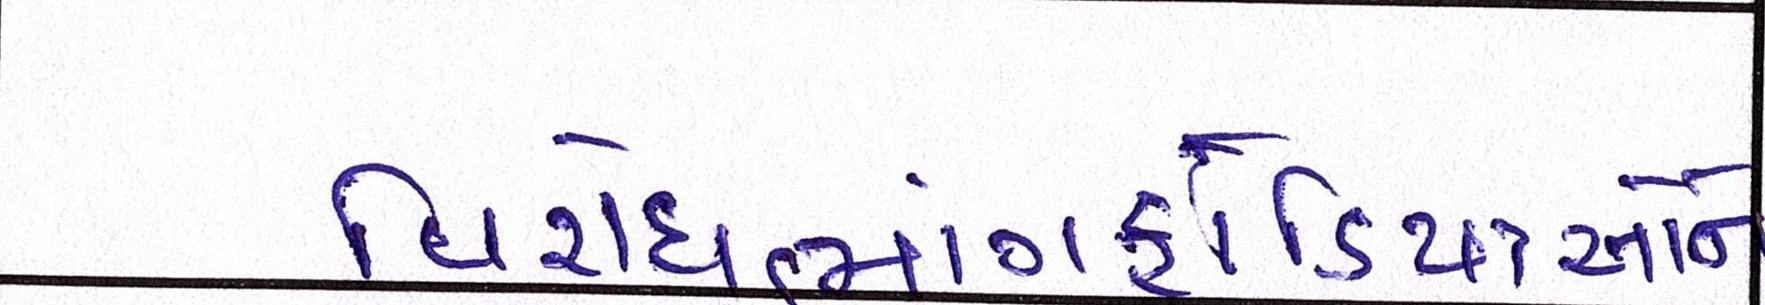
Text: વિરોધભાંગફોડિયાઓને